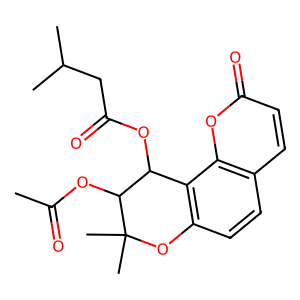
SMILES: CC(=O)OC1C(OC(=O)CC(C)C)c2c(ccc3ccc(=O)oc23)OC1(C)C
Inhibits HIV replication: Yes